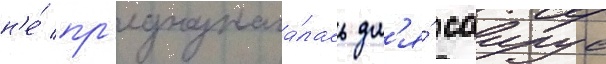
н'е́ пр'едназнача́лась дл'я́ саирус